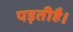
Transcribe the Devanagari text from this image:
पड़तीहै।